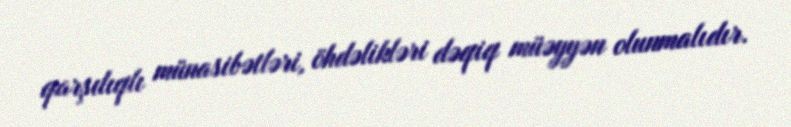
qarşılıqlı münasibətləri, öhdəlikləri dəqiq müəyyən olunmalıdır.